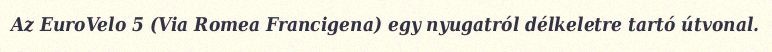
Az EuroVelo 5 (Via Romea Francigena) egy nyugatról délkeletre tartó útvonal.